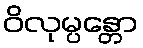
ဝိလုမ္ပန္တော